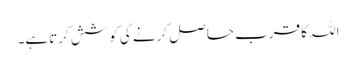
اللہ کا قرب حاصل کرنے کی کوشش کرتاہے۔